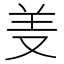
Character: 𱻊